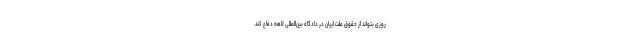
روزی بتواند از حقوق ملت ایران در دادگاه بین‌المللی لاهه دفاع کند.